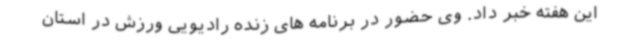
این هفته خبر داد. وی حضور در برنامه های زنده رادیویی ورزش در استان